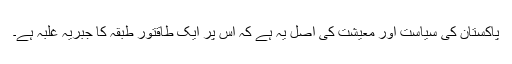
پاکستان کی سیاست اور معیشت کی اصل یہ ہے کہ اس پر ایک طاقتور طبقہ کا جبریہ غلبہ ہے۔